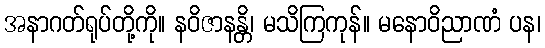
အနာဂတ်ရုပ်တို့ကို။ နဝိဇာနန္တိ၊ မသိကြကုန်။ မနောဝိညာဏံ ပန၊